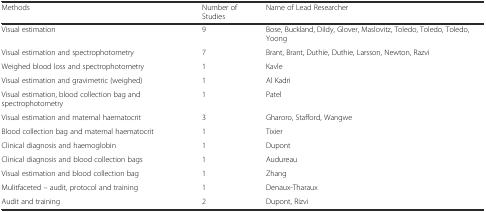
| Methods | Number of Studies | Name of Lead Researcher |
 | --- | --- | --- |
 | Visual estimation | 9 | Bose, Buckland, Dildy, Glover, Maslovitz, Toledo, Toledo, Toledo, Yoong |
 | Visual estimation and spectrophotometry | 7 | Brant, Brant, Duthie, Duthie, Larsson, Newton, Razvi |
 | Weighed blood loss and spectrophotometry | 1 | Kavle |
 | Visual estimation and gravimetric (weighed) | 1 | Al Kadri |
 | Visual estimation, blood collection bag and spectrophotometry | 1 | Patel |
 | Visual estimation and maternal haematocrit | 3 | Gharoro, Stafford, Wangwe |
 | Blood collection bag and maternal haematocrit | 1 | Tixier |
 | Clinical diagnosis and haemoglobin | 1 | Dupont |
 | Clinical diagnosis and blood collection bags | 1 | Audureau |
 | Visual estimation and blood collection bag | 1 | Zhang |
 | Mulitfaceted – audit, protocol and training | 1 | Denaux-Tharaux |
 | Audit and training | 2 | Dupont, Rizvi |